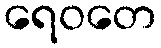
ရေဝတေ